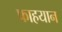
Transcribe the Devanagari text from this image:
फाहयान